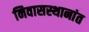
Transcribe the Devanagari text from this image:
निवासस्थानांत